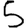
Digit: 5